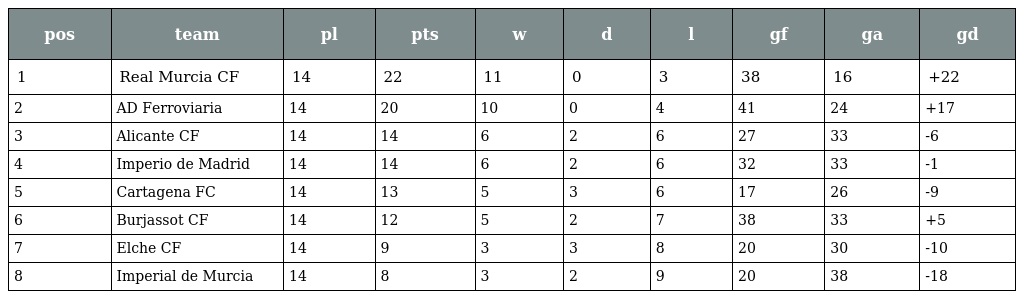
| pos | team | pl | pts | w | d | l | gf | ga | gd |
 | --- | --- | --- | --- | --- | --- | --- | --- | --- | --- |
 | 1 | Real Murcia CF | 14 | 22 | 11 | 0 | 3 | 38 | 16 | +22 |
 | 2 | AD Ferroviaria | 14 | 20 | 10 | 0 | 4 | 41 | 24 | +17 |
 | 3 | Alicante CF | 14 | 14 | 6 | 2 | 6 | 27 | 33 | -6 |
 | 4 | Imperio de Madrid | 14 | 14 | 6 | 2 | 6 | 32 | 33 | -1 |
 | 5 | Cartagena FC | 14 | 13 | 5 | 3 | 6 | 17 | 26 | -9 |
 | 6 | Burjassot CF | 14 | 12 | 5 | 2 | 7 | 38 | 33 | +5 |
 | 7 | Elche CF | 14 | 9 | 3 | 3 | 8 | 20 | 30 | -10 |
 | 8 | Imperial de Murcia | 14 | 8 | 3 | 2 | 9 | 20 | 38 | -18 |